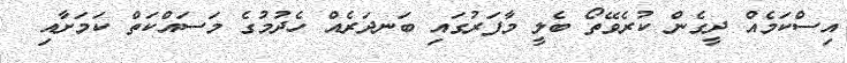
އިސްކަމެއް ދީގެން ކުރެވޭތޯ ބެލީ މާފަރުގައި ބަނދަރެއް ހެދުމުގެ މަސައްކަތް ކަމަށާއި